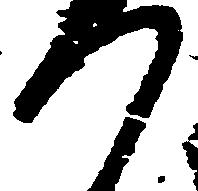
つ